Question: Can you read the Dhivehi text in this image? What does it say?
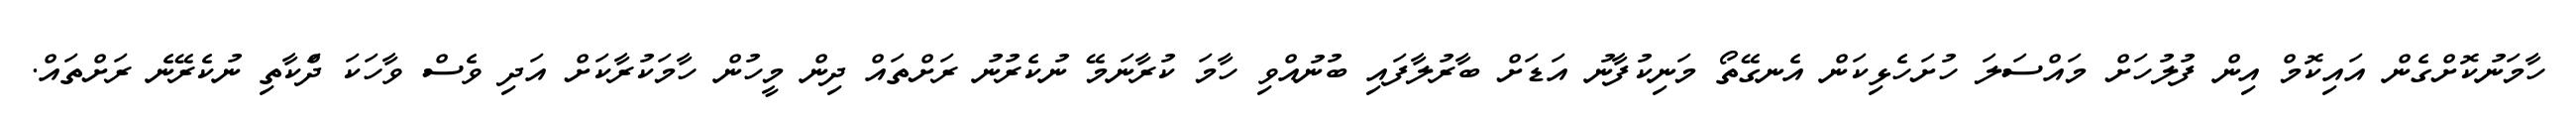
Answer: ހާމަނުކޮށްގެން އައިކޮމް އިން ފުލުހަށް މައްސަލަ ހުށަހެޅިކަން އެނގޭތޯ މަނިކުފާނު އަޑަށް ބާރުލާފައި ބުނުއްވި ހާމަ ކުރާނަމޭ ނުކެރުނު ރަށްތައް ދިން މީހުން ހާމަކުރާކަށް އަދި ވެސް ވާހަކަ ދަްކާތި ނުކެރޭނެ ރަށްތައް.